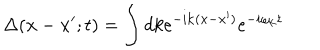
LaTeX: \Delta ( { \bf x } - { \bf x } ^ { \prime } ; t ) = \int d k e ^ { - i { \bf k } ( { \bf x } - { \bf x } ^ { \prime } ) } e ^ { - i \omega _ { \bf k } t }